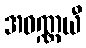
အဝဏ္ဏယီ